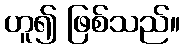
ဟူ၍ ဖြစ်သည်။